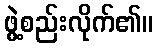
ဖွဲ့စည်းလိုက်၏။